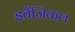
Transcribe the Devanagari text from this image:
इवैंजिकल